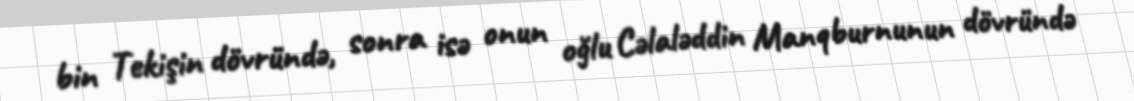
bin Tekişin dövründə, sonra isə onun oğlu Cəlaləddin Manqburnunun dövründə